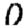
Digit: 0